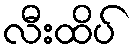
လီးထိပ်